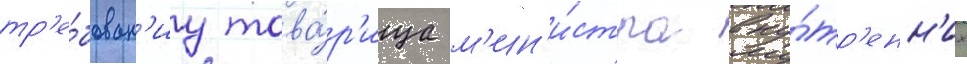
тр'е́бован'иу това́р'ища м'ин'и́стра вну́тр'енн'их